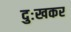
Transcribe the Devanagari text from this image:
दुःखकर